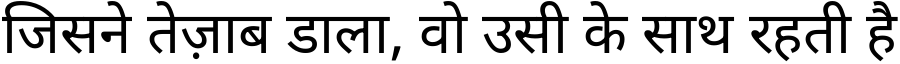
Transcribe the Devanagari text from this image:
जिसने तेज़ाब डाला, वो उसी के साथ रहती है